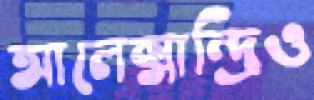
আলেক্সান্দ্রিও